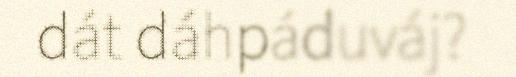
dát dáhpáduváj?